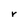
Character: r